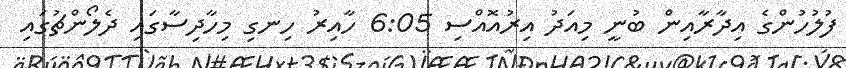
ފުލުހުންގެ އިދާރާއިން ބުނީ މިއަދު އިރުއޮއްސި 6:05 ހާއިރު ހިނގި މިހާދިސާގައި ދެލޯންޗުގައި